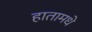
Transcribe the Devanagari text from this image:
हातामधे